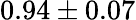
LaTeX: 0.94\pm 0.07